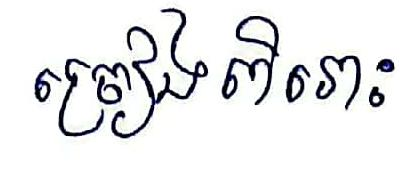
ច្រៀងពិរោះ